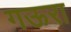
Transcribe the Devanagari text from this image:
गऊरा